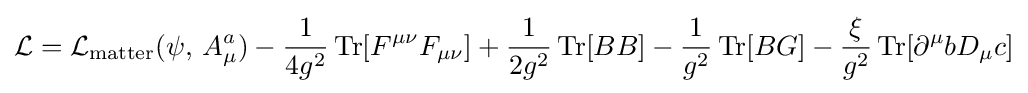
{\mathcal {L}}={\mathcal {L}}_{\textrm {matter}}(\psi ,\,A_{\mu }^{a})-{1 \over 4g^{2}}\operatorname {Tr} [F^{\mu \nu }F_{\mu \nu }]+{1 \over 2g^{2}}\operatorname {Tr} [BB]-{1 \over g^{2}}\operatorname {Tr} [BG]-{\xi  \over g^{2}}\operatorname {Tr} [\partial ^{\mu }bD_{\mu }c]